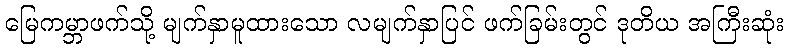
မြေကမ္ဘာဖက်သို့ မျက်နှာမူထားသော လမျက်နှာပြင် ဖက်ခြမ်းတွင် ဒုတိယ အကြီးဆုံး